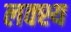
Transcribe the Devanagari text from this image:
लक्श्य